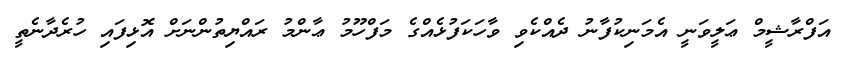
އަފްރާޝީމް ޢަލީވަނީ އެމަނިކުފާނު ދެއްކެވި ވާހަކަފުޅެއްގެ މަފްހޫމު ޢާންމު ރައްޔިތުންނަށް އޮޅިފައި ހުރެދާނެތީ